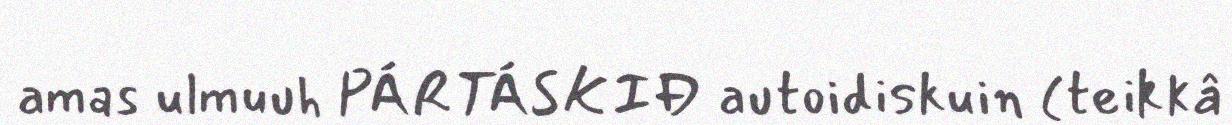
amas ulmuuh PÁRTÁSKIĐ autoidiskuin (teikkâ